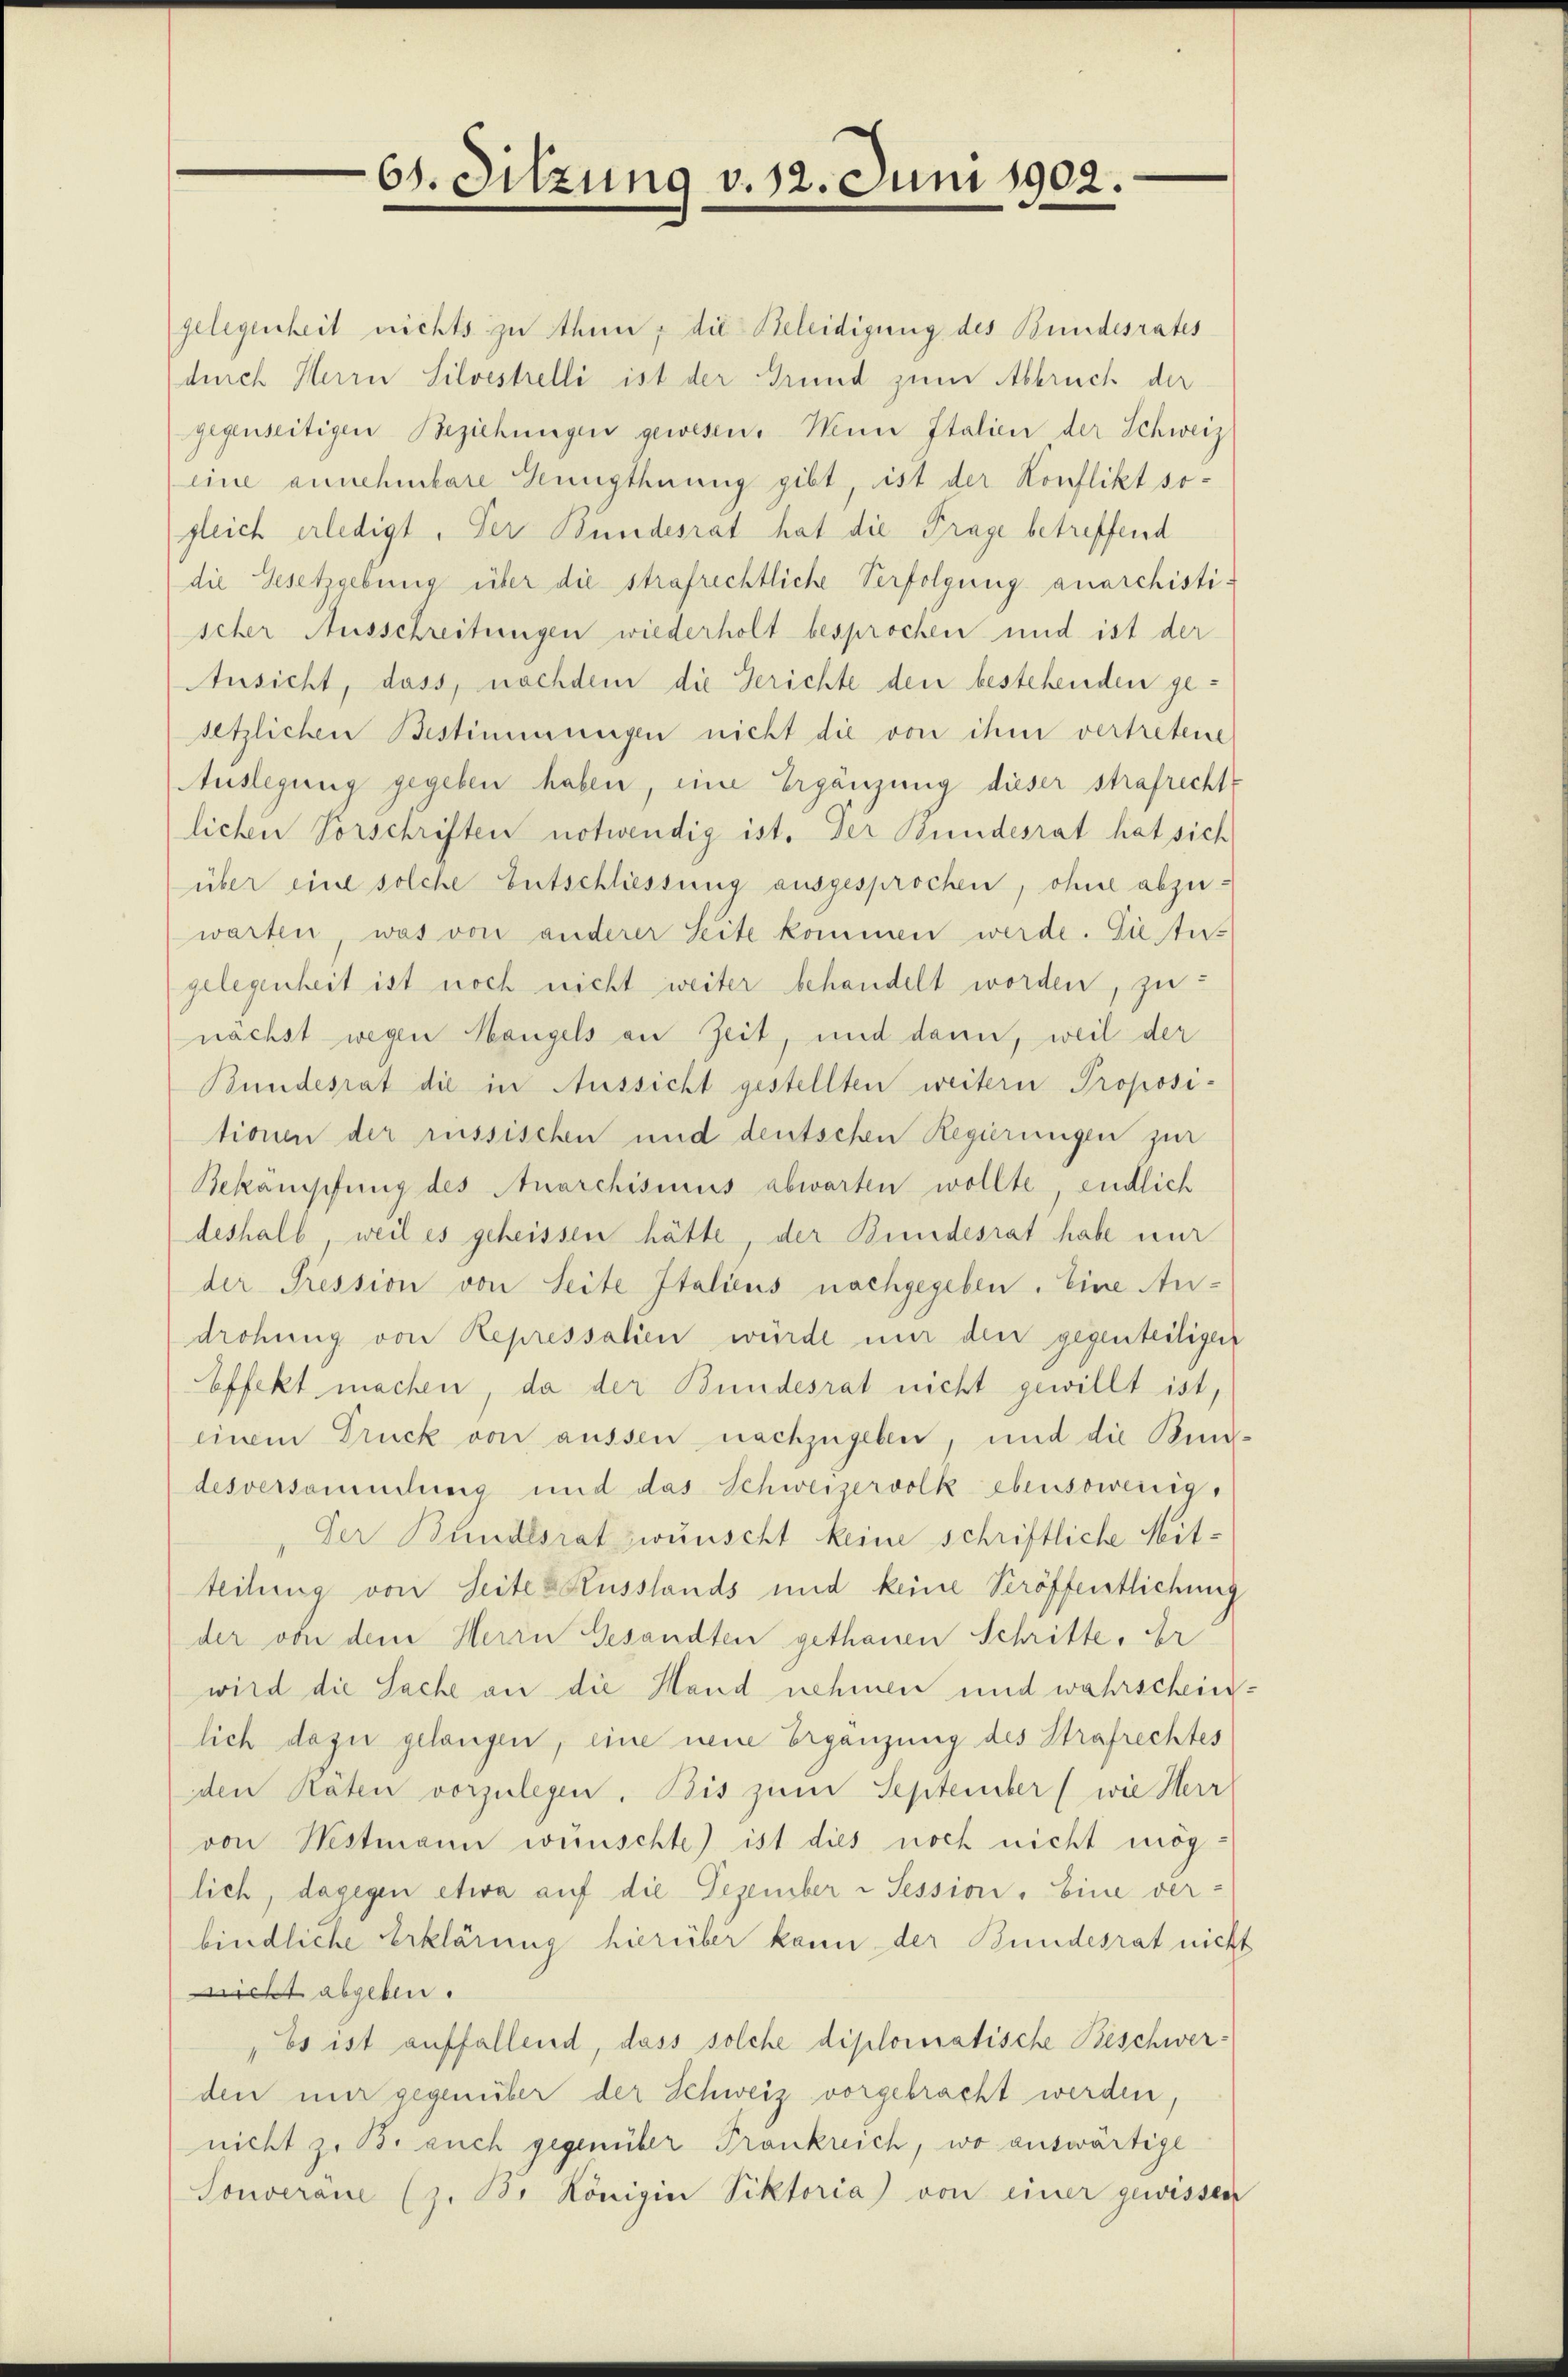
61. Sitzung v. 12. Juni 1902.

gelegenheit nichts zu thun, die Beleidigung des Bundesrates
durch Herrn Silvestrelli ist der Grund zum Abbruch der
gegenseitigen Beziehungen gewesen. Mein Italien der Schweiz
eine annehmbare Genugthuung gibt, ist der Konflikt sogleich erledigt. Der Bundesrat hat die Frage betreffend
die Gesetzgebung über die strafrechtliche Verfolgung anarchisti-
scher Ausschreitungen wiederholt besprochen und ist der
Ansicht, dass, nachdem die Gerichte den bestehenden gesetzlichen Bestimmungen nicht die von ihm vertretene
Auslegung gegeben haben, eine Ergänzung dieser strafrecht
lichen Vorschriften notwendig ist. Der Bundesrat hat sich
über eine solche Entschliessung ausgesprochen, ohne abzuwarten, was von anderer Seite kommen werde. Sie tu-
gelegenheit ist noch nicht weiter behandelt worden, zunächst wegen Hangels an Zeit, und dann, weil der
Bundesrat die in Aussicht gestellten weitern Proposi-
tionen der russischen und deutschen Regierungen zur
Bekämpfung des Anarchismus abwarten wollte, endlich
deshalb weil es geheissen hätte, der Bundesrat habe nur
der Pression von Seite Italiens nachgegeben. Eine Androhung von Repressalien würde mir den gegenteiligen
Effekt machen, da der Bundesrat nicht gewillt ist,
einem Druck von aussen nachzugeben, und die Bing
desversammlung und das Schweizervolk ebensowenig,
Der Bundesrat wünscht keine schriftliche Mitteilung von Seiten Russlands und keine Veröffentlichung
der von dem Herrn Gesandten gethanen Schritte, Er
wird die Sache an die Hand nehmen und wahrschein
lich dazu gelangen, eine neue Ergänzung des Strafrechtes
den Räten vorzulegen. Bis zum September (wie Herr
von Westmann wünschte) ist dies noch nicht möglich, dagegen etwa auf die Dezember u Session. Eine ver-
bindliche Erklärung hierüber kann der Bundesrat nicht
nicht abgeben.
Es ist auffallend, dass solche diplomatische Beschwerden mir gegenüber der Schweiz vorgebracht werden,
nicht zu Brauch gegenüber Pronkreich, wo auswärtige
Souveräne (z. B. Königin Viktoria) von einer gewissen